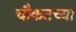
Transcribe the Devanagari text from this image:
चौकटच्या